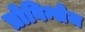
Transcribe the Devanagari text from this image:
प्रोविन्सेज